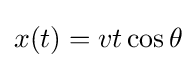
x(t)=vt\cos \theta